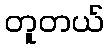
တူတယ်